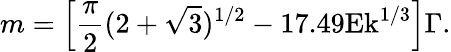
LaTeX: m=\left[\frac{\pi}{2}(2+\sqrt{3})^{1/2}-17.49\textrm{}\textrm{Ek}^{1/3}\right]\Gamma.